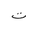
Letter: _ta